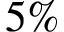
5 \%